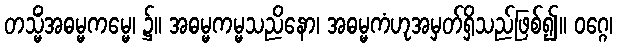
တသ္မိံအဓမ္မကမ္မေ၊ ၌။ အဓမ္မကမ္မသညိနော၊ အဓမ္မကံဟုအမှတ်ရှိသည်ဖြစ်၍။ ဝဂ္ဂေ၊